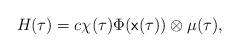
LaTeX: \begin{align*}H_{}(\tau) = c \chi(\tau) \Phi(\textsf{x}(\tau)) \otimes \mu(\tau),\end{align*}